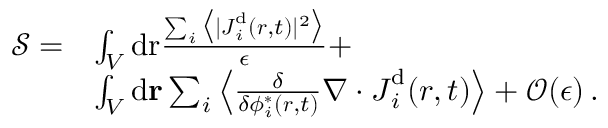
\begin{array} { r l } { { \mathcal { S } } = } & { \int _ { V } \mathrm { d } \mathbf { { \boldsymbol { r } } } \frac { \sum _ { i } \big \langle \vert { { \boldsymbol { J } } } _ { i } ^ { \mathrm { d } } ( { \boldsymbol { r } } , t ) \vert ^ { 2 } \big \rangle } { \epsilon } + } \\ & { \int _ { V } \mathrm { d } \mathbf { r } \sum _ { i } \left\langle \frac { \delta } { \delta { \phi _ { i } ^ { * } ( \boldsymbol { r } , t ) } } \nabla \cdot { \boldsymbol { J } } _ { i } ^ { \mathrm { d } } ( { \boldsymbol { r } } , t ) \right\rangle + \mathcal { O } ( \epsilon ) \, . } \end{array}